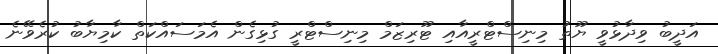
އަދީބު ވިދާޅުވީ ޔޫތު މިނިސްޓްރީއާއި ޓޫރިޒަމް މިނިސްޓްރީ ގުޅިގެން އެމަސައްކަތް ކާމިޔާބު ކުރެވޭނެ